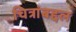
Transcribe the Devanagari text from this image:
चित्रांबद्दल